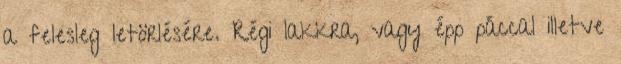
a felesleg letörlésére. Régi lakkra, vagy épp páccal illetve